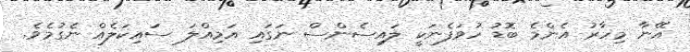
އޭނާ މިހާރު އެންމެ ބޮޑު ހުވަފެނަކީ ލައިސެންސް ނަގައި އަމިއްލަ ސައިކަލެއް ނެގުމެވެ.